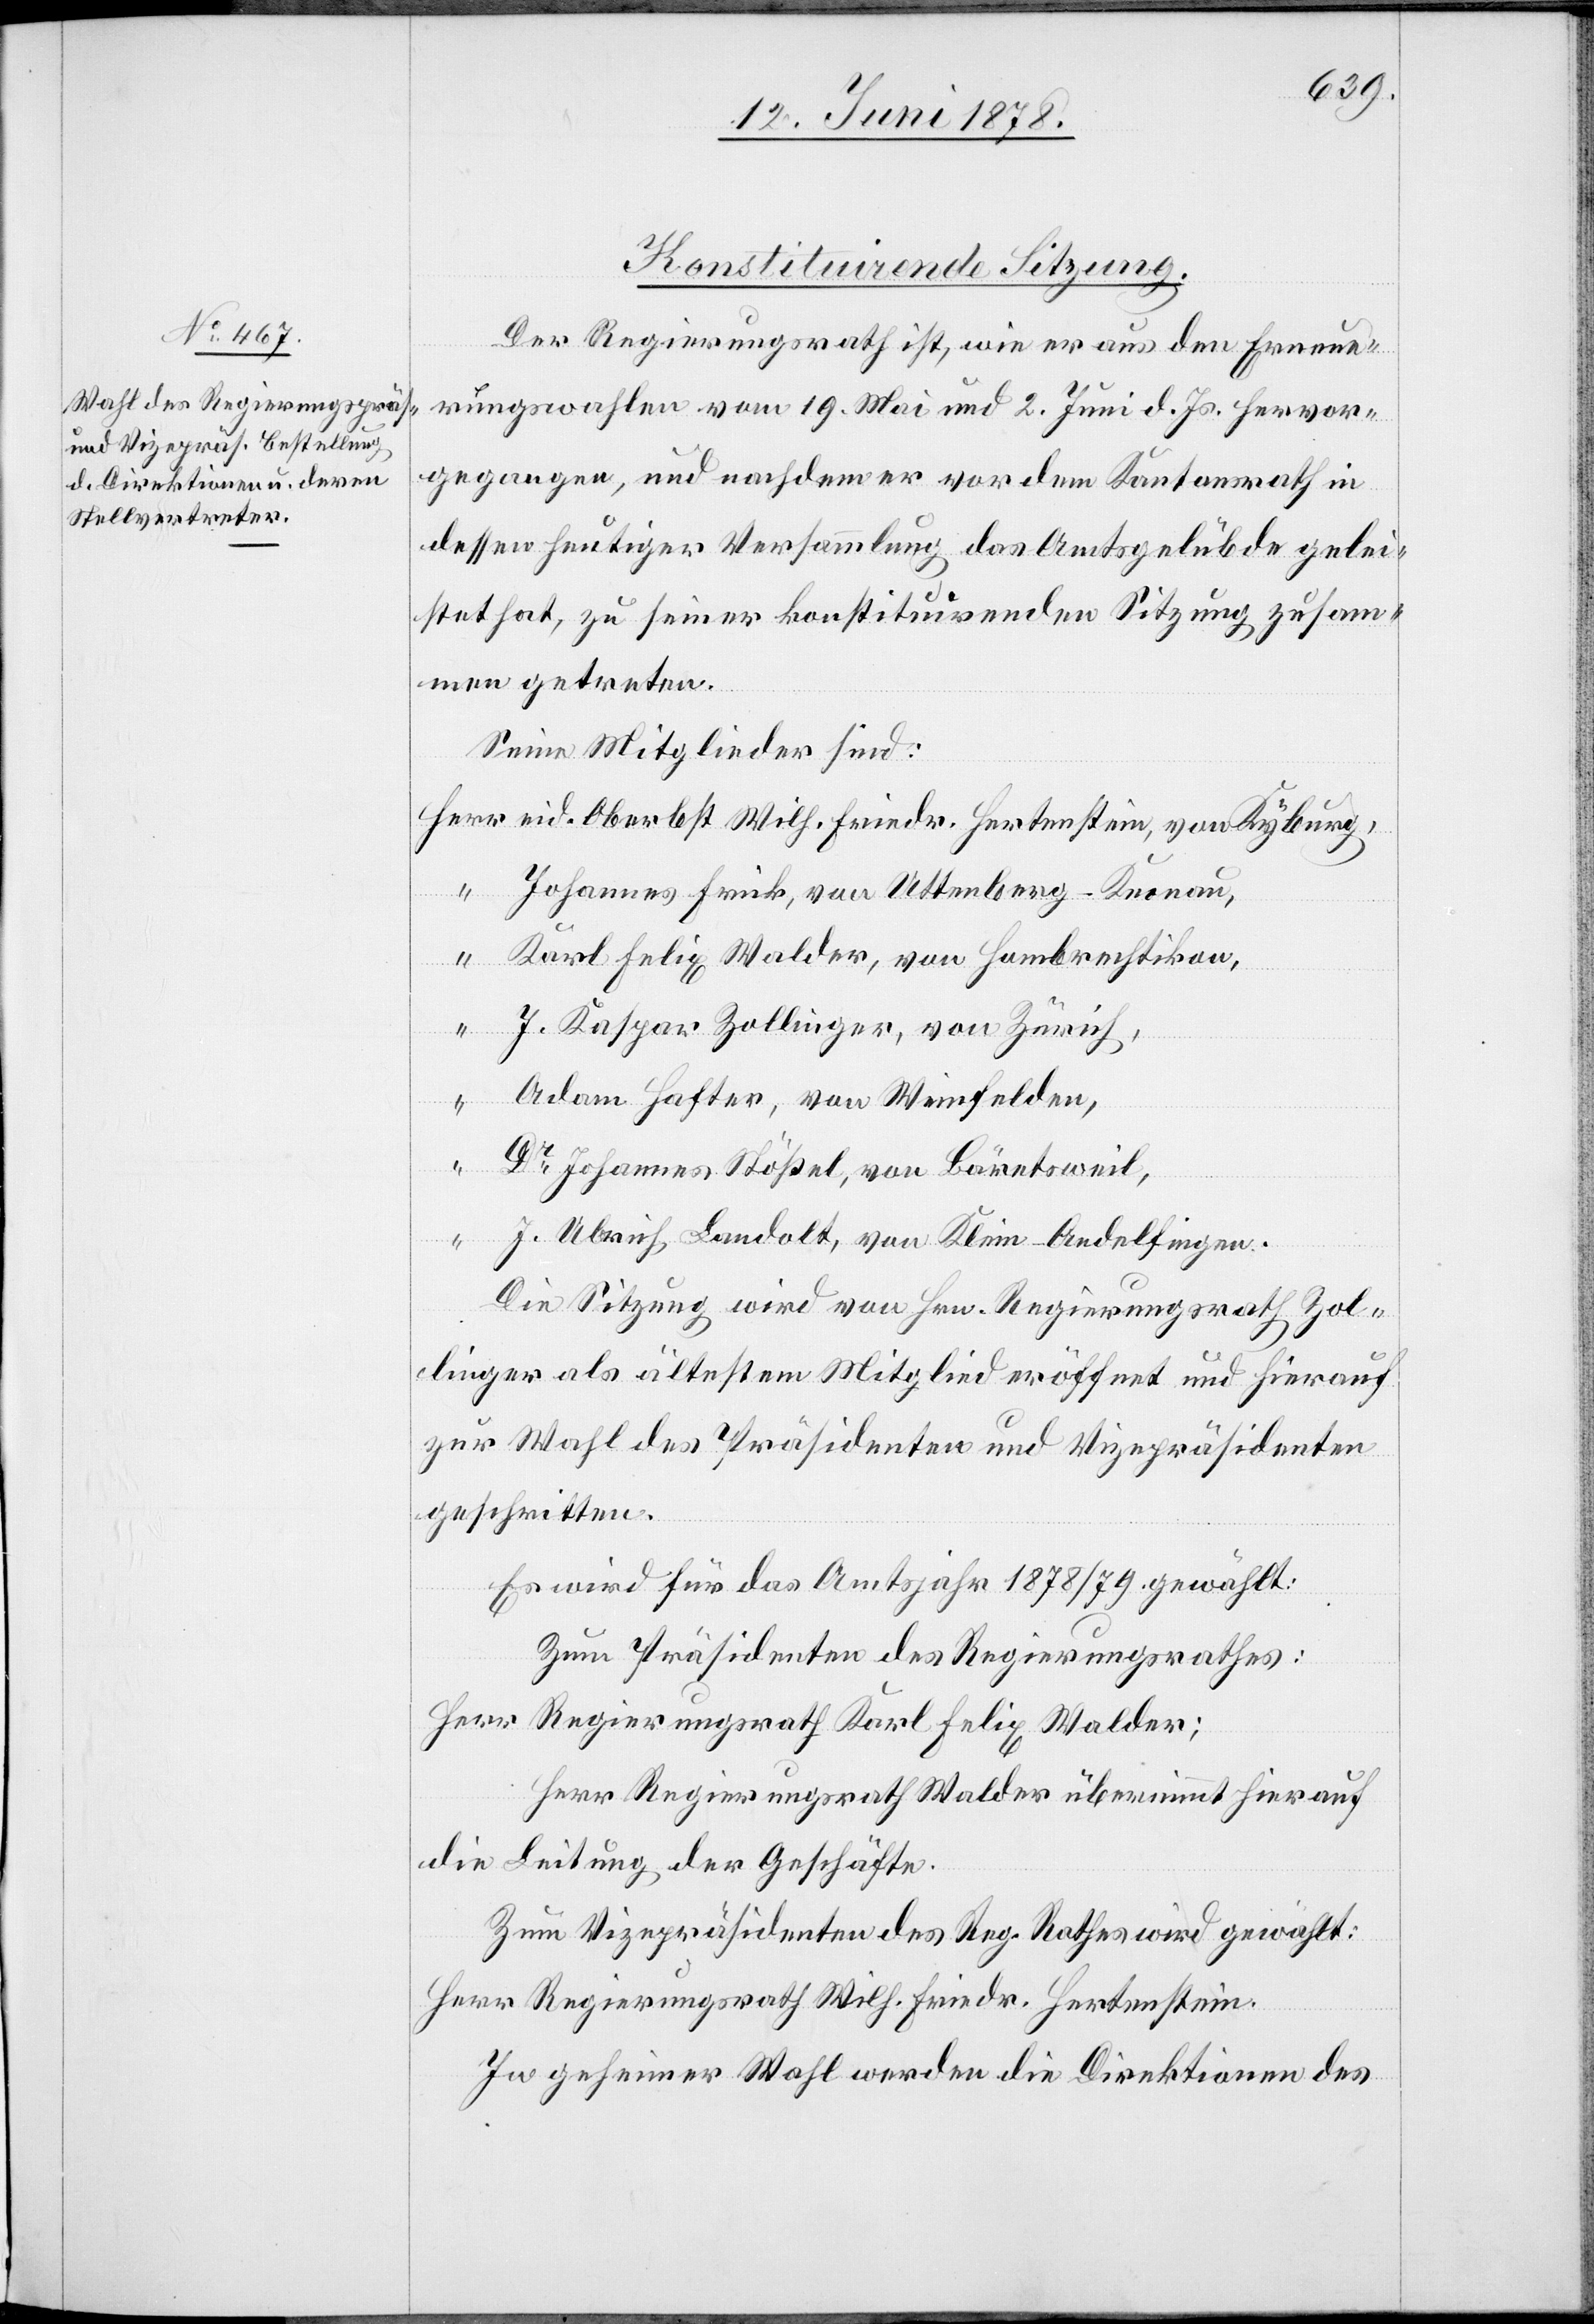
Konstituirende Sitzung.
Der Regierungsrath ist, wie er aus den Erneue¬
rungswahlen vom 19. Mai und 2. Juni d. Js. hervor¬
gegangen, und nachdem er vor dem Kantonsrath in
dessen heutiger Versammlung das Amtsgelübde gelei¬
stet hat, zu seiner konstituirenden Sitzung zusam¬
men getreten.
Seine Mitglieder sind:
Herr eid. Oberst Wilh. Friedr. Hertenstein, von Kyburg,
Johannes Frick, von Uttenberg - Knonau,
“ Karl Felix Walder, von Hombrechtikon,
“ J. Kaspar Zollinger, von Zürich,
Adam Hafter, von Weinfelden,
“
Dr Johannes Stößel, von Bäretsweil,
“ J. Ulrich Landolt, von Klein-Andelfingen.
Die Sitzung wird von Hrn. Regierungsrath Zol¬
linger als ältestem Mitglied eröffnet und hierauf
zur Wahl des Präsidenten und Vizepräsidenten
geschritten.
Es wird für das Amtsjahr 1878/79 gewählt:
Zum Präsidenten des Regierungsrathes:
Herr Regierungsrath Karl Felix Walder;
Herr Regierungsrath Walder übernimmt hierauf
die Leitung der Geschäfte.
Zum Vizepräsidenten des Reg. Rathes wird gewählt:
Herr Regierungsrath Wilh. Friedr. Hertenstein.
In geheimer Wahl werden die Direktionen des